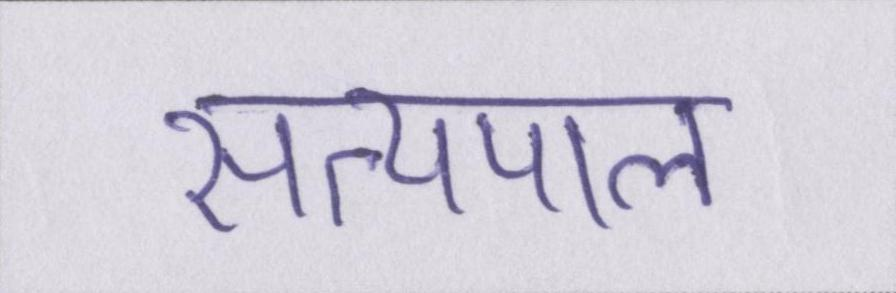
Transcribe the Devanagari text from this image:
सत्यपाल